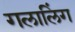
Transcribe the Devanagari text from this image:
गलालिंग